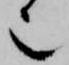
也